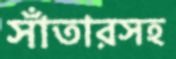
সাঁতারসহ